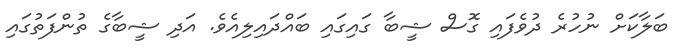
ބަލާކަށް ނުހުރެ ދުވެފައި ގޮސް ޝީބާ ގައިގައި ބައްދައިލިއެވެ. އަދި ޝީބާގެ ތުންފަތުގައި